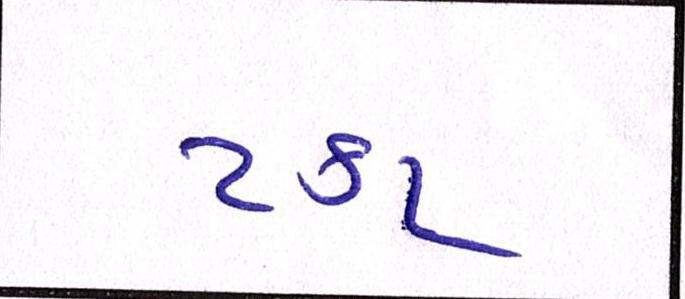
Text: ટકા